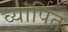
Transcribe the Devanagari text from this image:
व्यापित